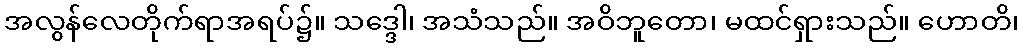
အလွန်လေတိုက်ရာအရပ်၌။ သဒ္ဒေါ၊ အသံသည်။ အဝိဘူတော၊ မထင်ရှားသည်။ ဟောတိ၊